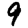
Digit: 9